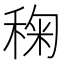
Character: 𮃌